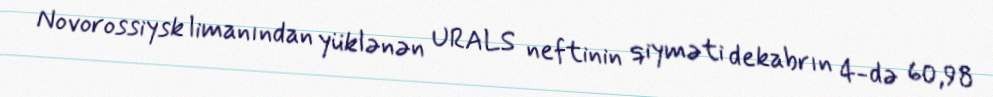
Novorossiysk limanından yüklənən URALS neftinin qiyməti dekabrın 4-də 60,98